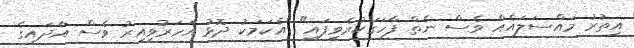
އިތުރު މައްސަލައެއް ވެސް ނެތް ފާހަގަކުރެވިފައި" "އެކަމަކު ދޮޅު އަހަރުވީއިރު ވެސް އާދައިގެ